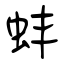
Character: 蚌